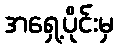
အရှေ့ပိုင်းမှ